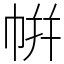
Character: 帲